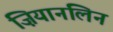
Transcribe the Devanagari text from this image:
ज़ियानलिन